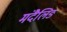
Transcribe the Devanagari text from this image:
मंदैलिङ